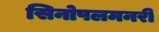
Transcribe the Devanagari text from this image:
सिनोपलमनरी